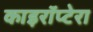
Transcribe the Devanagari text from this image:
काइरॉप्टेरा